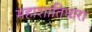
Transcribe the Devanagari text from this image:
महाशांतिधारा